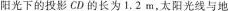
阳光下的投影CD的长为1.2m，太阳光线与地